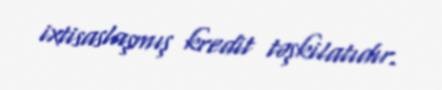
ixtisaslaşmış kredit təşkilatıdır.